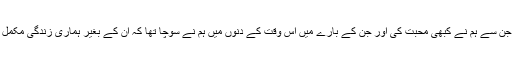
ایک خوشنما سرخ رنگ کی الماری میں ان لوگوں کی دھندلائی ہوئی تصویریں موجود ہیں جن سے ہم نے کبھی محبت کی اور جن کے بارے میں اُس وقت کے دنوں میں ہم نے سوچا تھا کہ ان کے بغیر ہماری زندگی مکمل نہیں ہو سکے گی اور اگر ان کے بغیر کبھی جینا پڑا تو ہم دو دن بھی نہیں جی سکیں گے۔